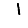
Digit: 1